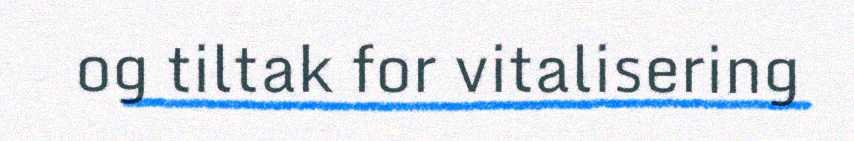
og tiltak for vitalisering